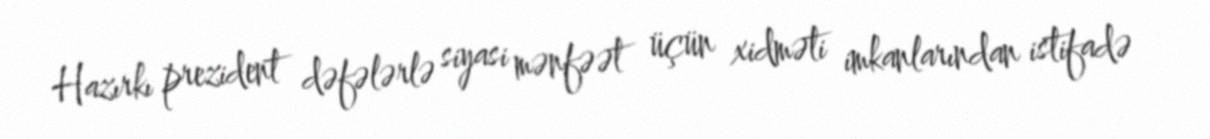
Hazırkı prezident dəfələrlə siyasi mənfəət üçün xidməti imkanlarından istifadə